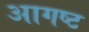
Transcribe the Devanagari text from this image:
आगष्ट